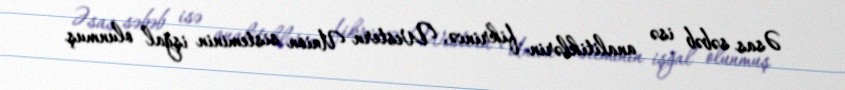
Əsas səbəb isə analitiklərin fikrincə, Western Union sisteminin işğal olunmuş